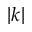
| k |